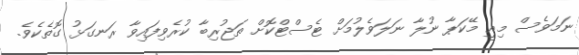
ނަމަވެސް މިއީ މޭކަޕާ ނުލާ ނަލަވެލުމަށް ޓެސްޓްކޮށް ތަޖުރިބާ ކުރެވިފައިވާ ރަނގަޅު ގޮތެކެވެ.